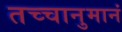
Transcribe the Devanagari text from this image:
तच्चानुमानं